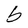
Character: b